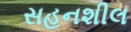
સહનશીલ